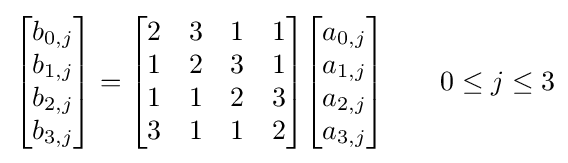
{\begin{bmatrix}b_{0,j}\\b_{1,j}\\b_{2,j}\\b_{3,j}\end{bmatrix}}={\begin{bmatrix}2&3&1&1\\1&2&3&1\\1&1&2&3\\3&1&1&2\end{bmatrix}}{\begin{bmatrix}a_{0,j}\\a_{1,j}\\a_{2,j}\\a_{3,j}\end{bmatrix}}\qquad 0\leq j\leq 3